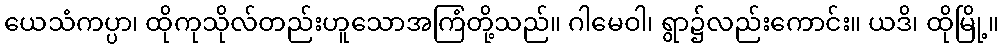
ယေသံကပ္ပာ၊ ထိုကုသိုလ်တည်းဟူသောအကြံတို့သည်။ ဂါမေဝါ၊ ရွာ၌လည်းကောင်း။ ယဒိ၊ ထိုမြို့။